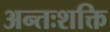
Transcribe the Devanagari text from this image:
अन्तःशक्ति